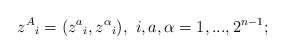
\begin{align*}z^A{}_i =(z^a{}_i ,z^{\alpha}{}_i ),\ i,a,\alpha=1,...,2^{n-1};\end{align*}